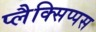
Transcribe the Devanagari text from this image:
प्लैक्सिप्पस